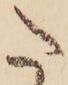
た